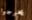
يخرجوا